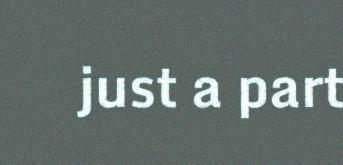
just a part